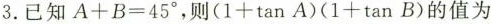
3.已知$$A + B = 4 5 °$$，则$$( 1 + \tan A ) ( 1 + \tan B )$$的值为